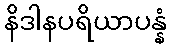
နိဒါနပရိယာပန္နံ